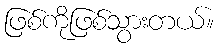
ဖြစ်ကိုဖြစ်သွားတယ်။